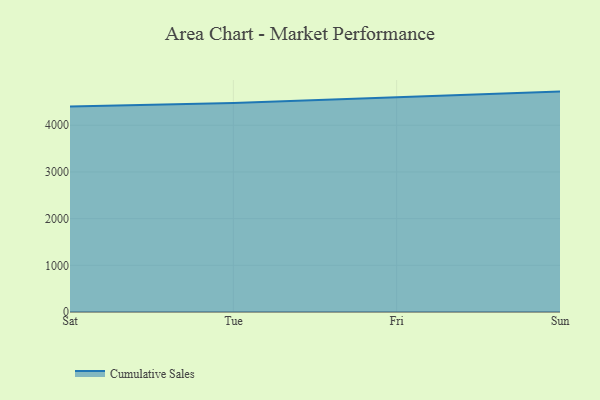
{"axis": {"x": "Day", "y": "Temperature (°C)"}, "legend": ["Cumulative Sales"], "data": [{"x": "Sat", "y": 4403.2, "type": "Cumulative Sales"}, {"x": "Tue", "y": 4477.4, "type": "Cumulative Sales"}, {"x": "Fri", "y": 4600.8, "type": "Cumulative Sales"}, {"x": "Sun", "y": 4720.6, "type": "Cumulative Sales"}]}